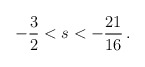
\begin{align*}- \frac{3}{2} < s < - \frac{21}{16} \,.\end{align*}